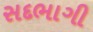
સદભાગી